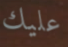
عليك